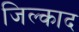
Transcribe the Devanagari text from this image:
जिल्काद